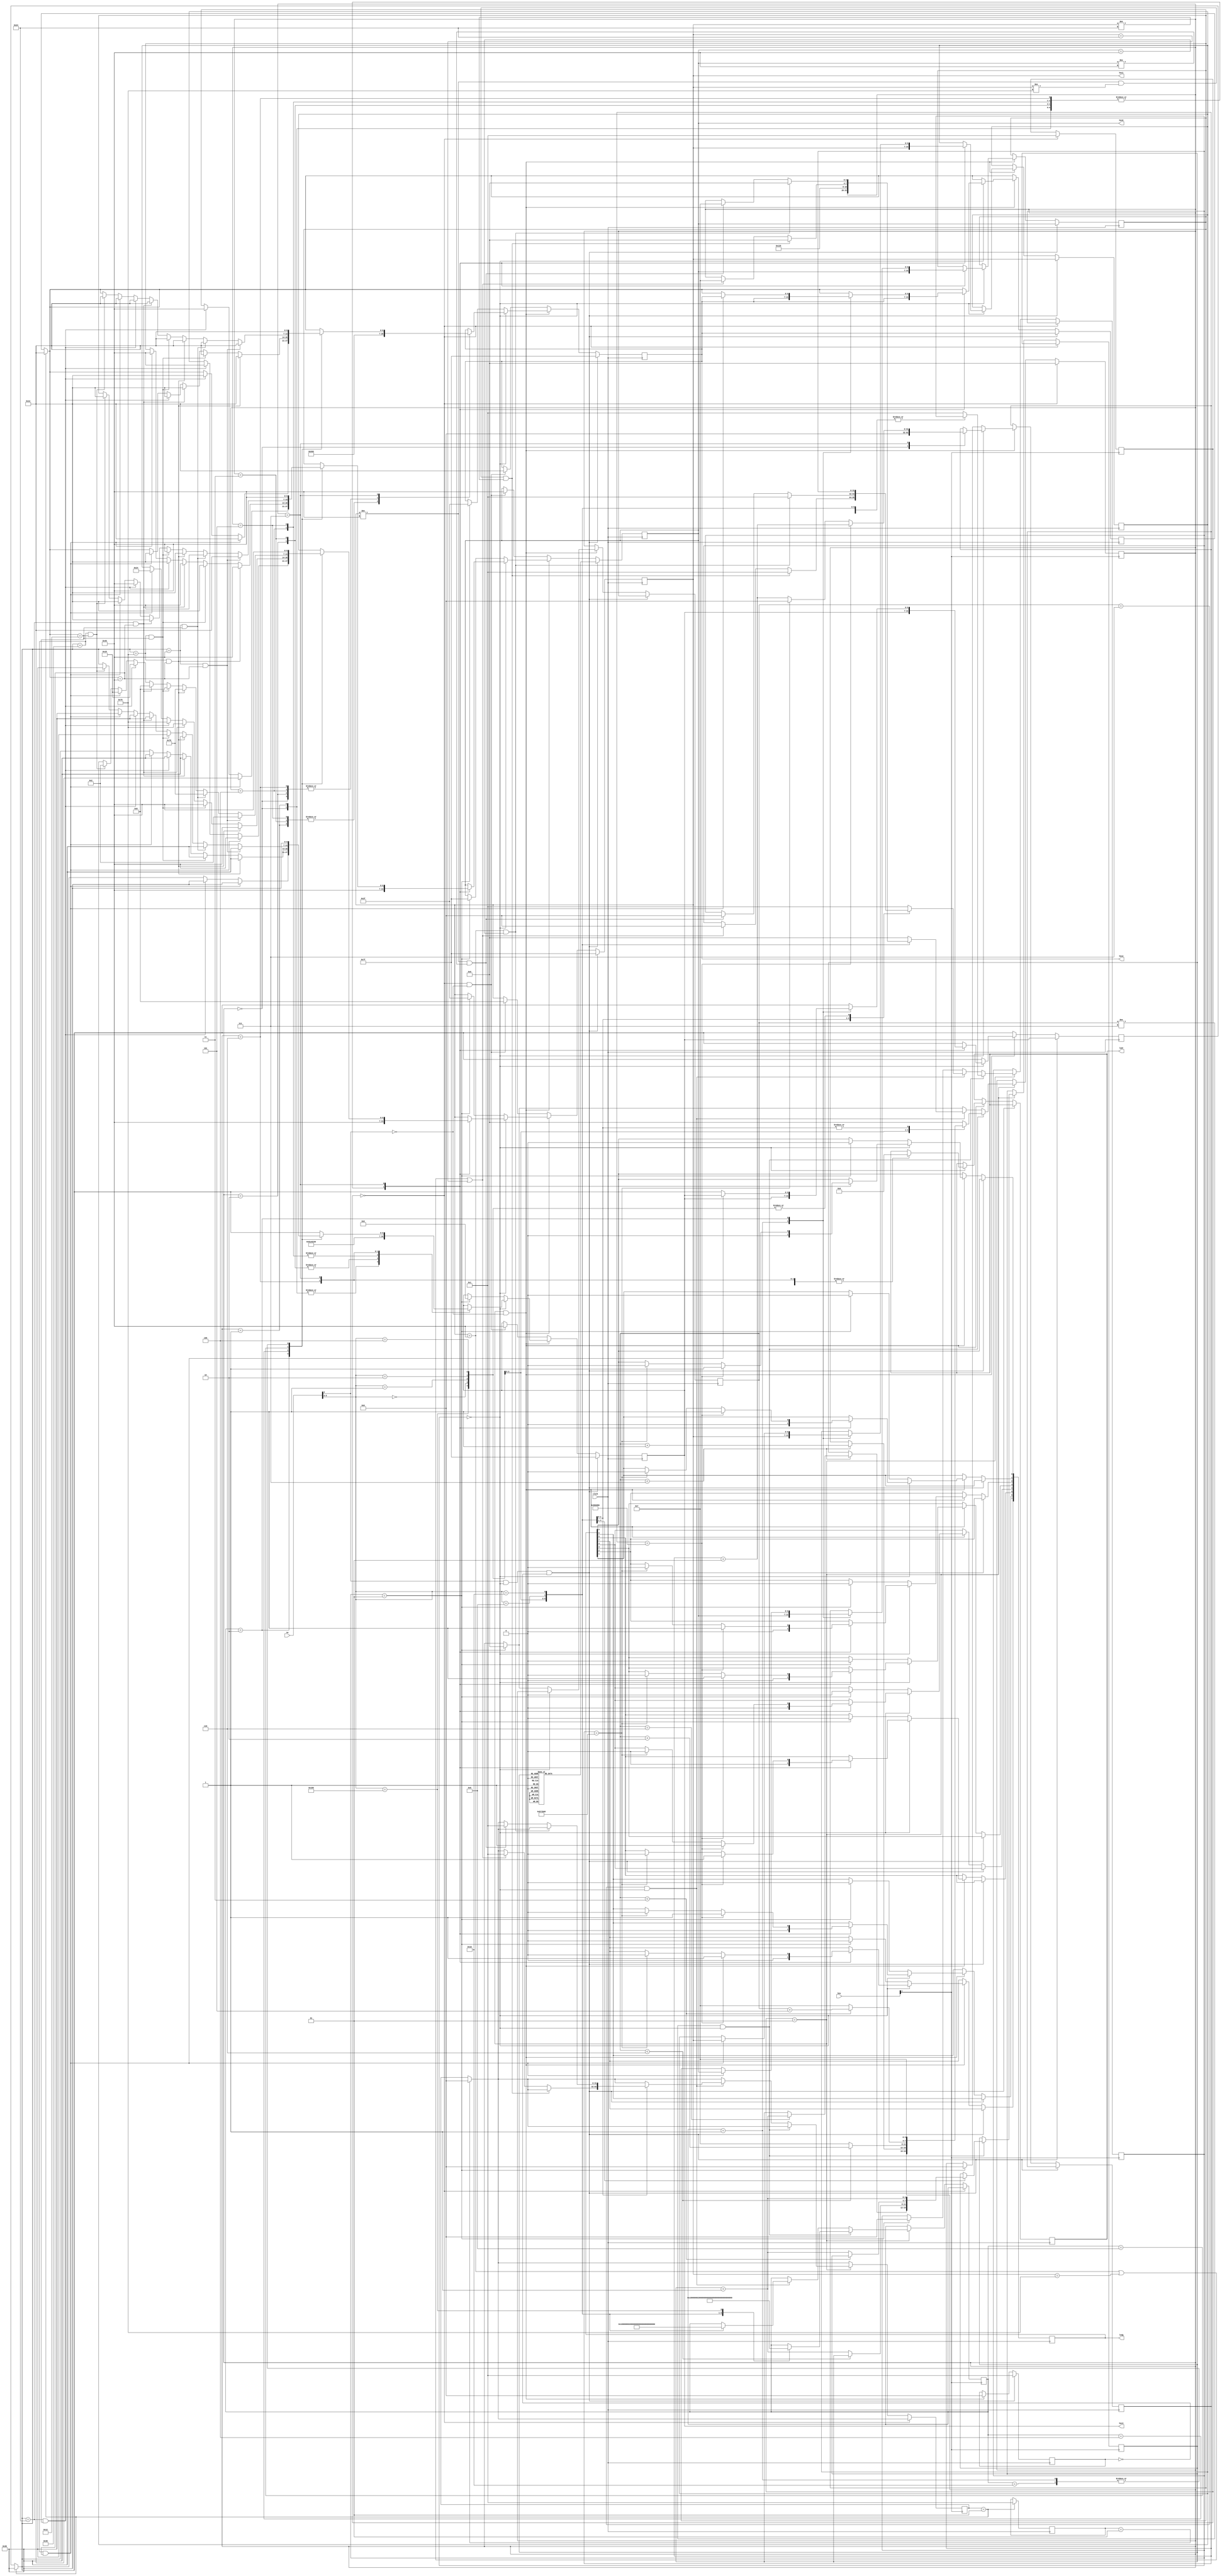
`define BLANK 7'b1111111
`define ZERO 7'b1000000
`define ONE 7'b1111001
`define TWO 7'b0100100
`define THREE 7'b0110000
`define FOUR 7'b0011001
`define FIVE 7'b0010010
`define SIX 7'b0000010
`define SEVEN 7'b1111000
`define EIGHT 7'b0000000
`define NINE 7'b0011000
`define A 7'b0001000
`define b 7'b0000011
`define C 7'b1000110
`define d 7'b0100001
`define E 7'b0000110
`define F 7'b0001110
`define H 7'b0001001
`define L 7'b1000111
`define r 7'b0101111

module L3C580			// where 580 = CID
(
	input [9:0]sw,		// ten up-down switches, SW9 - SW0
	input [3:0]key,		// four pushbutton swithes, KEY3 - KEY0
	input clock,		// 24MHz clock source on Altera DE1 board
	output reg [9:0]ledr,	// ten Red LEDs, LEDR9 - LEDR0
	output reg [7:0]ledg,	// eight Green LEDs, LEDG8 - LEDG0
	output reg [6:0]hex3,hex2,hex1,hex0	// four 7-segment, HEX3 - HEX0
);
parameter zero = 3'b000, one = 3'b001, two = 3'b010, three = 3'b011, four = 3'b100, five = 3'b101, six = 3'b110, seven = 3'b111;
parameter none = 9'b000000000, nickel = 9'b000000001, dime = 9'b000000010, quarter = 9'b000000100, dollar = 9'b000001000, credit_card = 9'b000010000, reset = 9'b100000000;
integer in;

reg[3:0] state, next_state;

reg [6:0] h3, h2, h1, h0;

integer VM = 0;
reg[3:0] counter = 0;
integer err = 0;
integer cycle = 0;
integer rep = 0;
integer flag = 0;
integer clear = 0;


always @(posedge clock) begin
	state = next_state;
	if (flag == 1) begin
		h3 = `THREE;
		h2 = `FIVE;
		clear = 1;
	end
	if (sw[9] == 1 && err == 0 && rep == 0) begin
		rep <= 1;
		h3 <= hex3;
		h2 <= hex2;
		h1 <= hex1;
		h0 <= hex0;
		hex3 <= `BLANK;
		hex2 <= `BLANK;
		hex1 <= `BLANK;
		case (counter)
			0: begin
				hex0 <= `ZERO;
			  end
			1: begin
				hex0 <= `ONE;
			  end
			2: begin
				hex0 <= `TWO;
			  end
			3: begin
				hex0 <= `THREE;
			  end
			4: begin
				hex0 <= `FOUR;
			  end
			5: begin
				hex0 <= `FIVE;
			  end
			6: begin
				hex0 <= `SIX;
			  end
			7: begin
				hex0 <= `SEVEN;
			  end
			8: begin
				hex0 <= `EIGHT;
			  end
			9: begin
				hex0 <= `NINE;
			  end
			10: begin
				hex0 <= `A;
			  end
			11: begin
				hex0 <= `b;
			  end
			12: begin
				hex0 <= `C;
			  end
			13: begin
				hex0 <= `d;
			  end
			14: begin
				hex0 <= `E;
			  end
			15: begin
				hex0 <= `F;
			  end
		endcase
	end
	else if (VM == 1 && sw[9] == 0) begin
		rep = 0;
		if (err == 0) begin
			case(state)
				zero: begin
					hex3 <= `ZERO;
					hex2 <= `ZERO;
					hex1 <= `ZERO;
					hex0 <= `ZERO;
					h3 <= hex3;
					h2 <= hex2;
					h1 <= hex1;
					h0 <= hex0;
					cycle = 0;
					ledg[7:0] <= 0;
					ledr[9:0] <= 0;
				  end
				one: begin
					hex3 <= `ZERO;
					hex2 <= `FIVE;
					hex1 <= `ZERO;
					hex0 <= `ZERO;
					h3 <= hex3;
					h2 <= hex2;
					h1 <= hex1;
					h0 <= hex0;
					ledg[7:0] <= 0;
					ledr[9:0] <= 0;
				  end
				two: begin
					hex3 <= `ONE;
					hex2 <= `ZERO;
					hex1 <= `ZERO;
					hex0 <= `ZERO;
					h3 <= hex3;
					h2 <= hex2;
					h1 <= hex1;
					h0 <= hex0;
					ledg[7:0] <= 0;
					ledr[9:0] <= 0;
				  end
				three: begin
					hex3 <= `ONE;
					hex2 <= `FIVE;
					hex1 <= `ZERO;
					hex0 <= `ZERO;
					h3 <= hex3;
					h2 <= hex2;
					h1 <= hex1;
					h0 <= hex0;
					ledg[7:0] <= 0;
					ledr[9:0] <= 0;
				  end
				four: begin
					hex3 <= `TWO;
					hex2 <= `ZERO;
					hex1 <= `ZERO;
					hex0 <= `ZERO;
					h3 <= hex3;
					h2 <= hex2;
					h1 <= hex1;
					h0 <= hex0;
					ledg[7:0] <= 0;
					ledr[9:0] <= 0;
				  end
				five: begin
					hex3 <= `TWO;
					hex2 <= `FIVE;
					hex1 <= `ZERO;
					hex0 <= `ZERO;
					h3 <= hex3;
					h2 <= hex2;
					h1 <= hex1;
					h0 <= hex0;
					ledg[7:0] <= 0;
					ledr[9:0] <= 0;
				  end
				six: begin
					hex3 <= `THREE;
					hex2 <= `ZERO;
					hex1 <= `ZERO;
					hex0 <= `ZERO;
					h3 <= hex3;
					h2 <= hex2;
					h1 <= hex1;
					h0 <= hex0;
					ledg[7:0] <= 0;
					ledr[9:0] <= 0;
				  end
				seven: begin
					cycle <= cycle + 1;
					case (in)
						none: begin
							hex3 <= h3;
							hex2 <= h2;
							hex1 <= h1;
							hex0 <= h0;
						  end
						nickel: begin
							hex3 <= `THREE;
							hex2 <= `FIVE;
							hex1 <= `ZERO;
							hex0 <= `ZERO;
							h3 <= hex3;
							h2 <= hex2;
							h1 <= hex1;
							h0 <= hex0;
						  end
						dime: begin
							if (h3 == `THREE && h2 == `ZERO) begin
								hex3 <= `THREE;
								hex2 <= `FIVE;
								hex1 <= `ZERO;
								hex0 <= `FIVE;
								h3 <= hex3;
								h2 <= hex2;
								h1 <= hex1;
								h0 <= hex0;
							end
							else if (h3 == `TWO && h2 == `FIVE) begin
								hex3 <= `THREE;
								hex2 <= `FIVE;
								hex1 <= `ZERO;
								hex0 <= `ZERO;
							end
							else begin
								hex3 <= h3;
								hex2 <= h2;
								hex1 <= h1;
								hex0 <= h0;
							end
						  end
						quarter: begin
							if (h3 == `ONE && h2 == `ZERO) begin
								hex3 <= `THREE;
								hex2 <= `FIVE;
								hex1 <= `ZERO;
								hex0 <= `ZERO;
							end
							else if (h3 == `ONE && h2 == `FIVE) begin
								hex3 <= `THREE;
								hex2 <= `FIVE;
								hex1 <= `ZERO;
								hex0 <= `FIVE;
							end
							else if (h3 == `TWO && h2 == `ZERO) begin
								hex3 <= `THREE;
								hex2 <= `FIVE;
								hex1 <= `ONE;
								hex0 <= `ZERO;
							end
							else if (h3 == `TWO && h2 == `FIVE) begin
								hex3 <= `THREE;
								hex2 <= `FIVE;
								hex1 <= `ONE;
								hex0 <= `FIVE;
							end
							else if (h3 == `THREE && h2 == `ZERO) begin
								hex3 <= `THREE;
								hex2 <= `FIVE;
								hex1 <= `TWO;
								hex0 <= `ZERO;
							end
							else begin
															hex3 <= h3;
							hex2 <= h2;
							hex1 <= h1;
							hex0 <= h0;
							end
						  end
						dollar: begin
							if (h3 == `ZERO && h2 == `ZERO) begin
								hex3 <= `THREE;
								hex2 <= `FIVE;
								hex1 <= `SIX;
								hex0 <= `FIVE;
							end
							else if (h3 == `ZERO && h2 == `FIVE) begin
								hex3 <= `THREE;
								hex2 <= `FIVE;
								hex1 <= `SEVEN;
								hex0 <= `ZERO;
							end
							else if (h3 == `ONE && h2 == `ZERO) begin
								hex3 <= `THREE;
								hex2 <= `FIVE;
								hex1 <= `SEVEN;
								hex0 <= `FIVE;
							end
							else if (h3 == `ONE && h2 == `FIVE) begin
								hex3 <= `THREE;
								hex2 <= `FIVE;
								hex1 <= `EIGHT;
								hex0 <= `ZERO;
							end
							else if (h3 == `TWO && h2 == `ZERO) begin
								hex3 <= `THREE;
								hex2 <= `FIVE;
								hex1 <= `EIGHT;
								hex0 <= `FIVE;
							end
							else if (h3 == `TWO && h2 == `FIVE) begin
								hex3 <= `THREE;
								hex2 <= `FIVE;
								hex1 <= `NINE;
								hex0 <= `ZERO;
							end
							else if (h3 == `THREE && h2 == `ZERO) begin
								hex3 <= `THREE;
								hex2 <= `FIVE;
								hex1 <= `NINE;
								hex0 <= `FIVE;
							end
							else if (h3 == `THREE && h2 == `FIVE) begin
								hex3 <= `THREE;
								hex2 <= `FIVE;
								hex1 <= `SIX;
								hex0 <= `FIVE;
						    end
							else begin
								hex3 <= h3;
								hex2 <= h2;
								hex1 <= h1;
								hex0 <= h0;
							end
						  end
						credit_card: begin
							hex3 <= `THREE;
							hex2 <= `FIVE;
							hex1 <= `ZERO;
							hex0 <= `ZERO;
						  end
						default: begin
							hex3 <= h3;
							hex2 <= h2;
							hex1 <= h1;
							hex0 <= h0;						  
						  end
					endcase
					if (cycle == 6000000) begin
						ledg[0] <= 1;
						ledg[1] <= 1;
						ledg[2] <= 1;
						ledg[3] <= 1;
						ledg[4] <= 1;
						ledg[5] <= 1;
						ledg[6] <= 1;
						ledg[7] <= 1;
					end
					else if (cycle == 12000000) begin
						ledg <= 0;
						cycle <= 0;
					end
					ledr[9:0] <= 0;
				  end
				default: begin
				  end
			endcase
		end
		else if (err == 1) begin
			cycle <= 0;
			ledg <= 0;
			hex3 <= `E;
			hex2 <= `r;
			hex1 <= `r;
			hex0 <= `BLANK;
			state <= zero;
		end
	end
	else if (VM == 0 && sw[9] == 0) begin
		hex3 <= `ZERO;
		hex2 <= `FIVE;
		hex1 <= `EIGHT;
		hex0 <= `ZERO;
	end
end

always @(negedge key[1]) begin

	if (clear == 1) begin
		flag = 0;
	end
	if (VM == 0) begin
		VM = 1;
		next_state = zero;
	end
	else if (VM == 1) begin
		if (state != seven && err == 0) begin
			case(sw[8:0])
				none: begin
					in = none;
				  end
				nickel: begin
				    in = nickel;
					if (state < seven) begin
					  if (state == six) begin
					    counter = counter + 1;
					    next_state = seven;
					  end
					  next_state = state + one;
					end
				  end
				dime: begin
					in = dime;
					if (state < six) begin
					  next_state = state + two;
					end
					else begin
					  next_state = seven;
					  counter = counter + 1;
					end
				  end
				quarter: begin
					in = quarter;
					if (state < three) begin
					  next_state = state + five;
					end
					else begin
					  next_state = seven;
					  counter = counter + 1;
					end
				  end
				dollar: begin
					in = dollar;
					next_state = seven;
					counter = counter + 1;
				  end
				credit_card: begin
					in = credit_card;
					next_state = seven;
				  end
				reset: begin
					in = reset;
					next_state = zero;
				  end
				default: begin
					err = 1;
					next_state = zero;
				  end
			endcase
		end
		else if (state == seven && err == 0) begin
			case(sw[8:0])
				none: begin
					in = none;
				  end
				nickel: begin
					in = nickel;
					next_state = one;
				  end
				dime: begin
					in = dime;
					next_state = two;
				  end
				quarter: begin
					in = quarter;
					next_state = five;
				  end
				dollar: begin
				    in = dollar;
					if (hex1 != `ZERO && hex1 != `ONE && hex1 != `TWO) begin
						err = 1;
						next_state = zero;
					end
					else if (hex1 == `ZERO || hex1 == `ONE || hex1 == `TWO) begin
						next_state = seven;
						flag = 1;
						err = 0;
					end
				  end
				credit_card: begin
					in = credit_card;
					if (hex1 == `ZERO && hex0 == `ZERO) begin
						next_state = zero;
						err = 1;
					end
					else if (hex1 != `ZERO && hex0 != `ZERO) begin
						next_state = seven;
						flag = 1;
						err = 0;
					end
				  end
				reset: begin
					next_state = zero;
				  end
				default: begin
					err = 1;
					next_state = zero;
				  end
			endcase
		end
		else if (err == 1) begin
			next_state = zero;
			err = 0;
		end
	end
end
endmodule